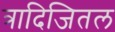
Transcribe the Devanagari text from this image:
त्रादिजितल